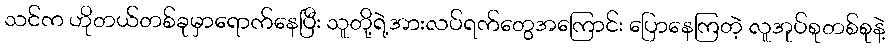
သင်က ဟိုတယ်တစ်ခုမှာရောက်နေပြီး သူတို့ရဲ့အားလပ်ရက်တွေအကြောင်း ပြောနေကြတဲ့ လူအုပ်စုတစ်စုနဲ့